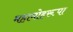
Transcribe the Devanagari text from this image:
महामोहरूपा